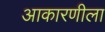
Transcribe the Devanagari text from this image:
आकारणीला